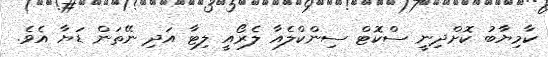
ކާމިޔާބު ކޮށްދިނީ ސްކޮޓް ސިންކްލެއާ ލެރޯއީ ލިޓާ އަދި ނޭތަން ޑަޔާ އެވެ.